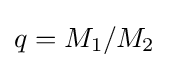
q=M_{1}/M_{2}